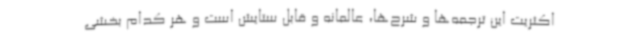
اکثریت این ترجمه‌ها و شرح‌ها، عالمانه و قابل ستایش است و هر کدام بخشی